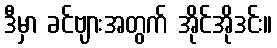
ဒီမှာ ခင်ဗျားအတွက် အိုင်အိုဒင်း။